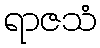
ရာဇသံ